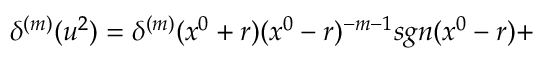
{ \delta } ^ { ( m ) } ( u ^ { 2 } ) = { \delta } ^ { ( m ) } ( x ^ { 0 } + r ) ( x ^ { 0 } - r ) ^ { - m - 1 } s g n ( x ^ { 0 } - r ) +